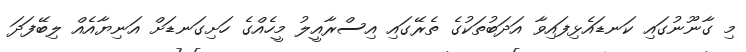
މި ގާނޫނުގައި ކަނޑައެޅިފައިވާ އަދަބުތަކުގެ ތެރޭގައި އިސްރާއީލު މީހެއްގެ ހަށިގަނޑަށް އަނިޔާއެއް ލިބޭފަދަ